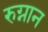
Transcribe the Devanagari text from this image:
रुग्नान